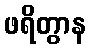
ဖရိတွာန